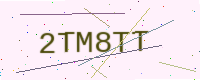
Text: 2TM8TT